Civil Veterinary Department Bihar reports 1936-40 - 1936-1940
Year: 1936
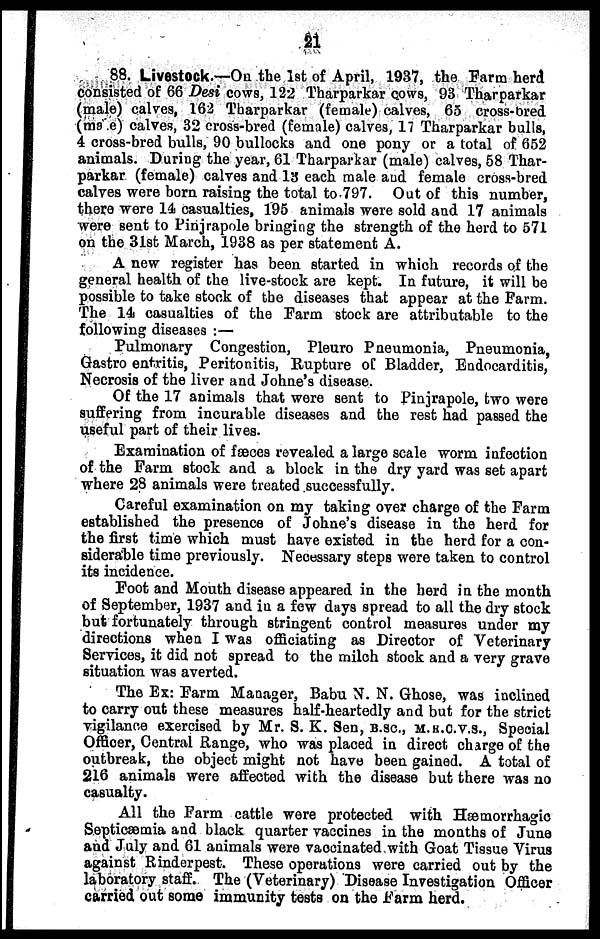
21
88. Livestock.—On the 1st of April, 1937, the Farm herd
consisted of 66 Desi cows, 122 Tharparkar cows, 93 Tharparkar
(male) calves, 162 Tharparkar (female) calves, 65 cross-bred
(male) calves, 32 cross-bred (female) calves, 17 Tharparkar bulls,
4 cross-bred bulls, 90 bullocks and one pony or a total of 652
animals. During the year, 61 Tharparkar (male) calves, 58 Thar-
parkar (female) calves and 13 each male and female cross-bred
calves were born raising the total to 797. Out of this number,
there were 14 casualties, 195 animals were sold and 17 animals
were sent to Pinjrapole bringing the strength of the herd to 571
on the 31st March, 1938 as per statement A.
A new register has been started in which records of the
general health of the live-stock are kept. In future, it will be
possible to take stock of the diseases that appear at the Farm.
The 14 casualties of the Farm stock are attributable to the
following diseases:—
Pulmonary Congestion, Pleuro Pneumonia, Pneumonia,
Gastro entritis, Peritonitis, Rupture of Bladder, Eudocarditis,
Necrosis of the liver and Johne's disease.
Of the 17 animals that were sent to Pinjrapole, two were
suffering from incurable diseases and the rest had passed the
useful part of their lives.
Examination of fæces revealed a large scale worm infection
of the Farm stock and a block in the dry yard was set apart
where 28 animals were treated successfully.
Careful examination on my taking over charge of the Farm
established the presence of Johne's disease in the herd for
the first time which must have existed in the herd for a con-
siderable time previously. Necessary steps were taken to control
its incidence.
Foot and Mouth disease appeared in the herd in the month
of September, 1937 and in a few days spread to all the dry stock
but fortunately through stringent control measures under my
directions when I was officiating as Director of Veterinary
Services, it did not spread to the milch stock and a very grave
situation was averted.
The Ex: Farm Manager, Babu N. N. Ghose, was inclined
to carry out these measures half-heartedly and but for the strict
vigilance exercised by Mr. S. K. Sen, B.SC., M.R.C.V.S., Special
Officer, Central Range, who was placed in direct charge of the
outbreak, the object might not have been gained. A total of
216 animals were affected with the disease but there was no
casualty.
All the Farm cattle were protected with Hæmorrhagic
Septicæmia and black quarter vaccines in the months of June
and July and 61 animals were vaccinated with Goat Tissue Virus
against Rinderpest. These operations were carried out by the
laboratory staff. The (Veterinary) Disease Investigation Officer
carried out some immunity tests on the Farm herd.